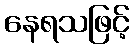
နေရသဖြင့်